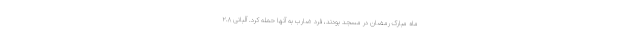
ماه مبارک رمضان در مسجد بودند، فرد ضارب به آنها حمله کرد. آلبانی ۲.۸